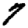
Digit: 7